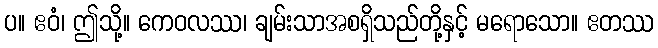
ပ။ ဧဝံ၊ ဤသို့။ ကေဝလဿ၊ ချမ်းသာအစရှိသည်တို့နှင့် မရောသော။ ဧတဿ